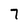
Character: 7